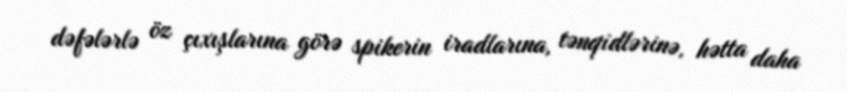
dəfələrlə öz çıxışlarına görə spikerin iradlarına, tənqidlərinə, hətta daha